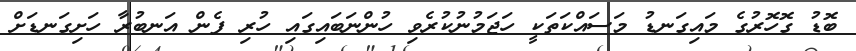
ބޮޑު ގޮހޮރުގެ މައިގަނޑު މަސައްކަތަކީ ހަޖަމުނުކުރެވި ހުންނަބައިގައި ހުރި ފެން އަނބުރާ ހަށިގަނޑަށް